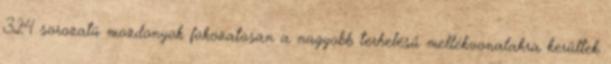
324 sorozatú mozdonyok fokozatosan a nagyobb terhelésű mellékvonalakra kerültek